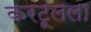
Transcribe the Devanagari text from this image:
करटूलला